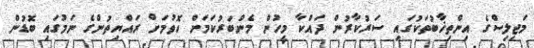
މަޖިލިސްގެ އިންތިޚާބުތަކުގައި ސަރުކާރުން ދައްކާ މީހުން މެންބަރުކަމަށް ހޮވުމަށް ރައްޔިތުންގެ ނަމުގައި ބޮޑުން